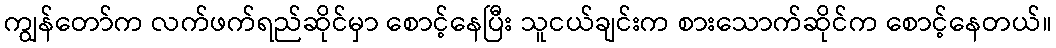
ကျွန်တော်က လက်ဖက်ရည်ဆိုင်မှာ စောင့်နေပြီး သူငယ်ချင်းက စားသောက်ဆိုင်က စောင့်နေတယ်။